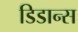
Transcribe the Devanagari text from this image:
डिडान्स